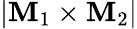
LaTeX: |{\mathbf M}_{1}\times{\mathbf M}_{2}|